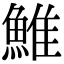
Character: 䱦